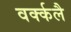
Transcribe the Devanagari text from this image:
वर्क्कलै